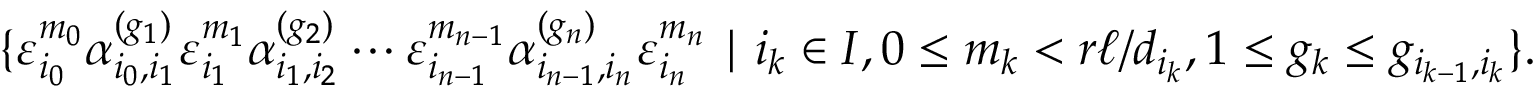
\{ \varepsilon _ { i _ { 0 } } ^ { m _ { 0 } } \alpha _ { i _ { 0 } , i _ { 1 } } ^ { ( g _ { 1 } ) } \varepsilon _ { i _ { 1 } } ^ { m _ { 1 } } \alpha _ { i _ { 1 } , i _ { 2 } } ^ { ( g _ { 2 } ) } \cdots \varepsilon _ { i _ { n - 1 } } ^ { m _ { n - 1 } } \alpha _ { i _ { n - 1 } , i _ { n } } ^ { ( g _ { n } ) } \varepsilon _ { i _ { n } } ^ { m _ { n } } \mid i _ { k } \in I , 0 \le m _ { k } < r \ell / d _ { i _ { k } } , 1 \le g _ { k } \le g _ { i _ { k - 1 } , i _ { k } } \} .